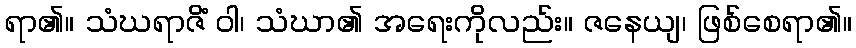
ရာ၏။ သံဃရာဇိံ ဝါ၊ သံဃာ၏ အရေးကိုလည်း။ ဇနေယျ၊ ဖြစ်စေရာ၏။